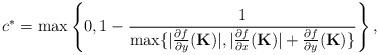
LaTeX: \begin{align*}c^* = \max\left \{0, 1-\frac{1}{\max\{|\frac{\partial f}{\partial y}(\mathbf{K})| ,|\frac{\partial f}{\partial x}(\mathbf{K})|+\frac{\partial f}{\partial y}(\mathbf{K})\}} \right \},\end{align*}